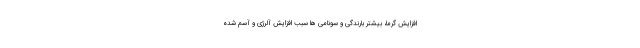
افزایش گرما، بیشتر بارندگی و سونامی ها سبب افزایش آلرژی و آسم شده